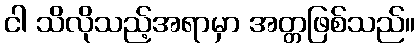
ငါ သိလိုသည့်အရာမှာ အတ္တဖြစ်သည်။